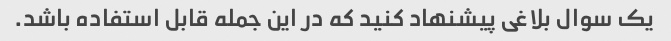
یک سوال بلاغی پیشنهاد کنید که در این جمله قابل استفاده باشد.